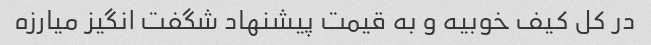
در کل کیف خوبیه و به قیمت پیشنهاد شگفت انگیز میارزه